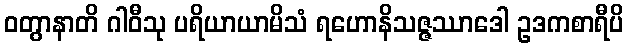
ဝတွာနာတိ ဂါဝီသု ပရိယာယာမိသံ ရဟောနိသဇ္ဇဿာဒေါ ဥဒကစာရီပိ